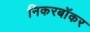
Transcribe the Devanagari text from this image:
निकरबॉकर